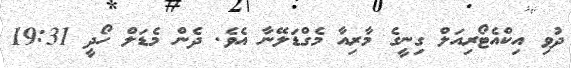
ދުވި އިކްއެޓޯރިއަލް ގިނީގެ މާރިއާ މެގްޑަލޭނާ އެވެ. ދެން މެޑަލް ހޯދީ 19:31